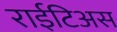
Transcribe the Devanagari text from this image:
राईटिअस